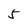
Character: 5